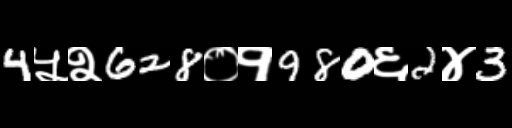
Text: 4५२628०१980६2४3